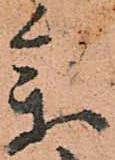
参